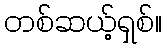
တစ်ဆယ့်ရှစ်။